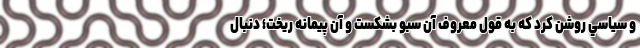
و سياسي روشن كرد كه به قول معروف آن سبو بشكست و آن پيمانه ريخت؛ دنبال